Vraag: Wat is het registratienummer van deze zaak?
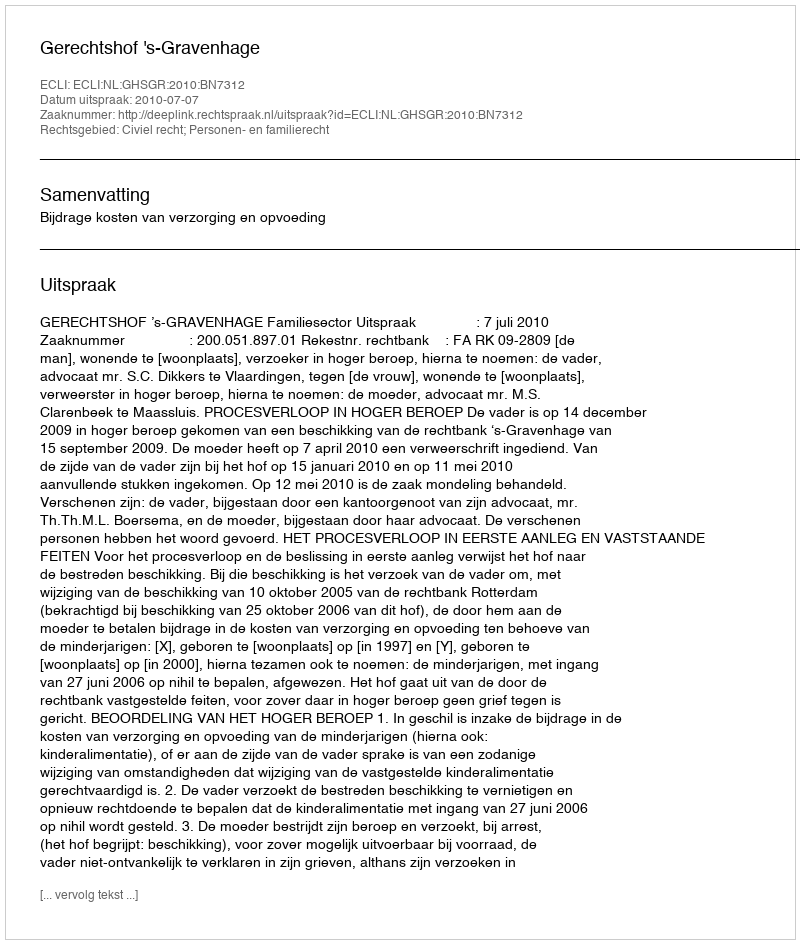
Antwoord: http://deeplink.rechtspraak.nl/uitspraak?id=ECLI:NL:GHSGR:2010:BN7312